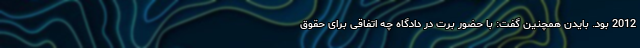
2012 بود. بایدن همچنین گفت: با حضور برت در دادگاه چه اتفاقی برای حقوق